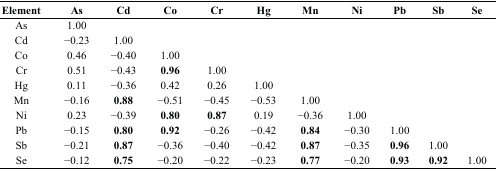
<table><thead><tr><td><b>Element</b></td><td><b>As</b></td><td><b>Cd</b></td><td><b>Co</b></td><td><b>Cr</b></td><td><b>Hg</b></td><td><b>Mn</b></td><td><b>Ni</b></td><td><b>Pb</b></td><td><b>Sb</b></td><td><b>Se</b></td></tr></thead><tbody><tr><td>As</td><td>1.00</td><td></td><td></td><td></td><td></td><td></td><td></td><td></td><td></td><td></td></tr><tr><td>Cd</td><td>−0.23</td><td>1.00</td><td></td><td></td><td></td><td></td><td></td><td></td><td></td><td></td></tr><tr><td>Co</td><td>0.46</td><td>−0.40</td><td>1.00</td><td></td><td></td><td></td><td></td><td></td><td></td><td></td></tr><tr><td>Cr</td><td>0.51</td><td>−0.43</td><td><b>0.96</b></td><td>1.00</td><td></td><td></td><td></td><td></td><td></td><td></td></tr><tr><td>Hg</td><td>0.11</td><td>−0.36</td><td>0.42</td><td>0.26</td><td>1.00</td><td></td><td></td><td></td><td></td><td></td></tr><tr><td>Mn</td><td>−0.16</td><td><b>0.88</b></td><td>−0.51</td><td>−0.45</td><td>−0.53</td><td>1.00</td><td></td><td></td><td></td><td></td></tr><tr><td>Ni</td><td>0.23</td><td>−0.39</td><td><b>0.80</b></td><td><b>0.87</b></td><td>0.19</td><td>−0.36</td><td>1.00</td><td></td><td></td><td></td></tr><tr><td>Pb</td><td>−0.15</td><td><b>0.80</b></td><td><b>0.92</b></td><td>−0.26</td><td>−0.42</td><td><b>0.84</b></td><td>−0.30</td><td>1.00</td><td></td><td></td></tr><tr><td>Sb</td><td>−0.21</td><td><b>0.87</b></td><td>−0.36</td><td>−0.40</td><td>−0.42</td><td><b>0.87</b></td><td>−0.35</td><td><b>0.96</b></td><td>1.00</td><td></td></tr><tr><td>Se</td><td>−0.12</td><td><b>0.75</b></td><td>−0.20</td><td>−0.22</td><td>−0.23</td><td><b>0.77</b></td><td>−0.20</td><td><b>0.93</b></td><td><b>0.92</b></td><td>1.00</td></tr></tbody></table>